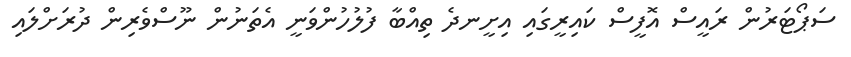
ސަޕޯޓަރުން ރައީސް އޮފީސް ކައިރީގައި އިށީނދެ ތިއްބާ ފުލުހުންވަނީ އެތަނުން ނޫސްވެރިން ދުރަށްލައި